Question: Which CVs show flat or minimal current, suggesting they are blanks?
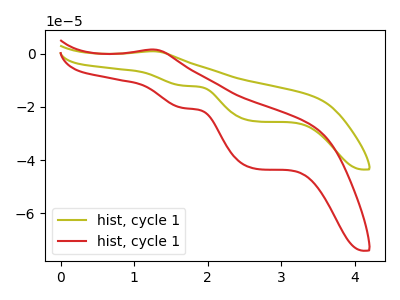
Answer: <think>The olive curve "hist, cycle 11" has an anodic peak at (1.25V, 0.95uA) and cathodic peaks at (1.65V, -12.00uA) (2.65V, -25.45uA). The red curve "hist, cycle 12" has an anodic peak at (1.25V, 1.60uA) and cathodic peaks at (1.65V, -20.45uA) (2.65V, -43.25uA).</think>
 <answer>There are not any CV's on this graph that are likely to be blanks.</answer>
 <eval>none</eval>